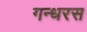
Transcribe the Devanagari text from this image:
गन्धरस